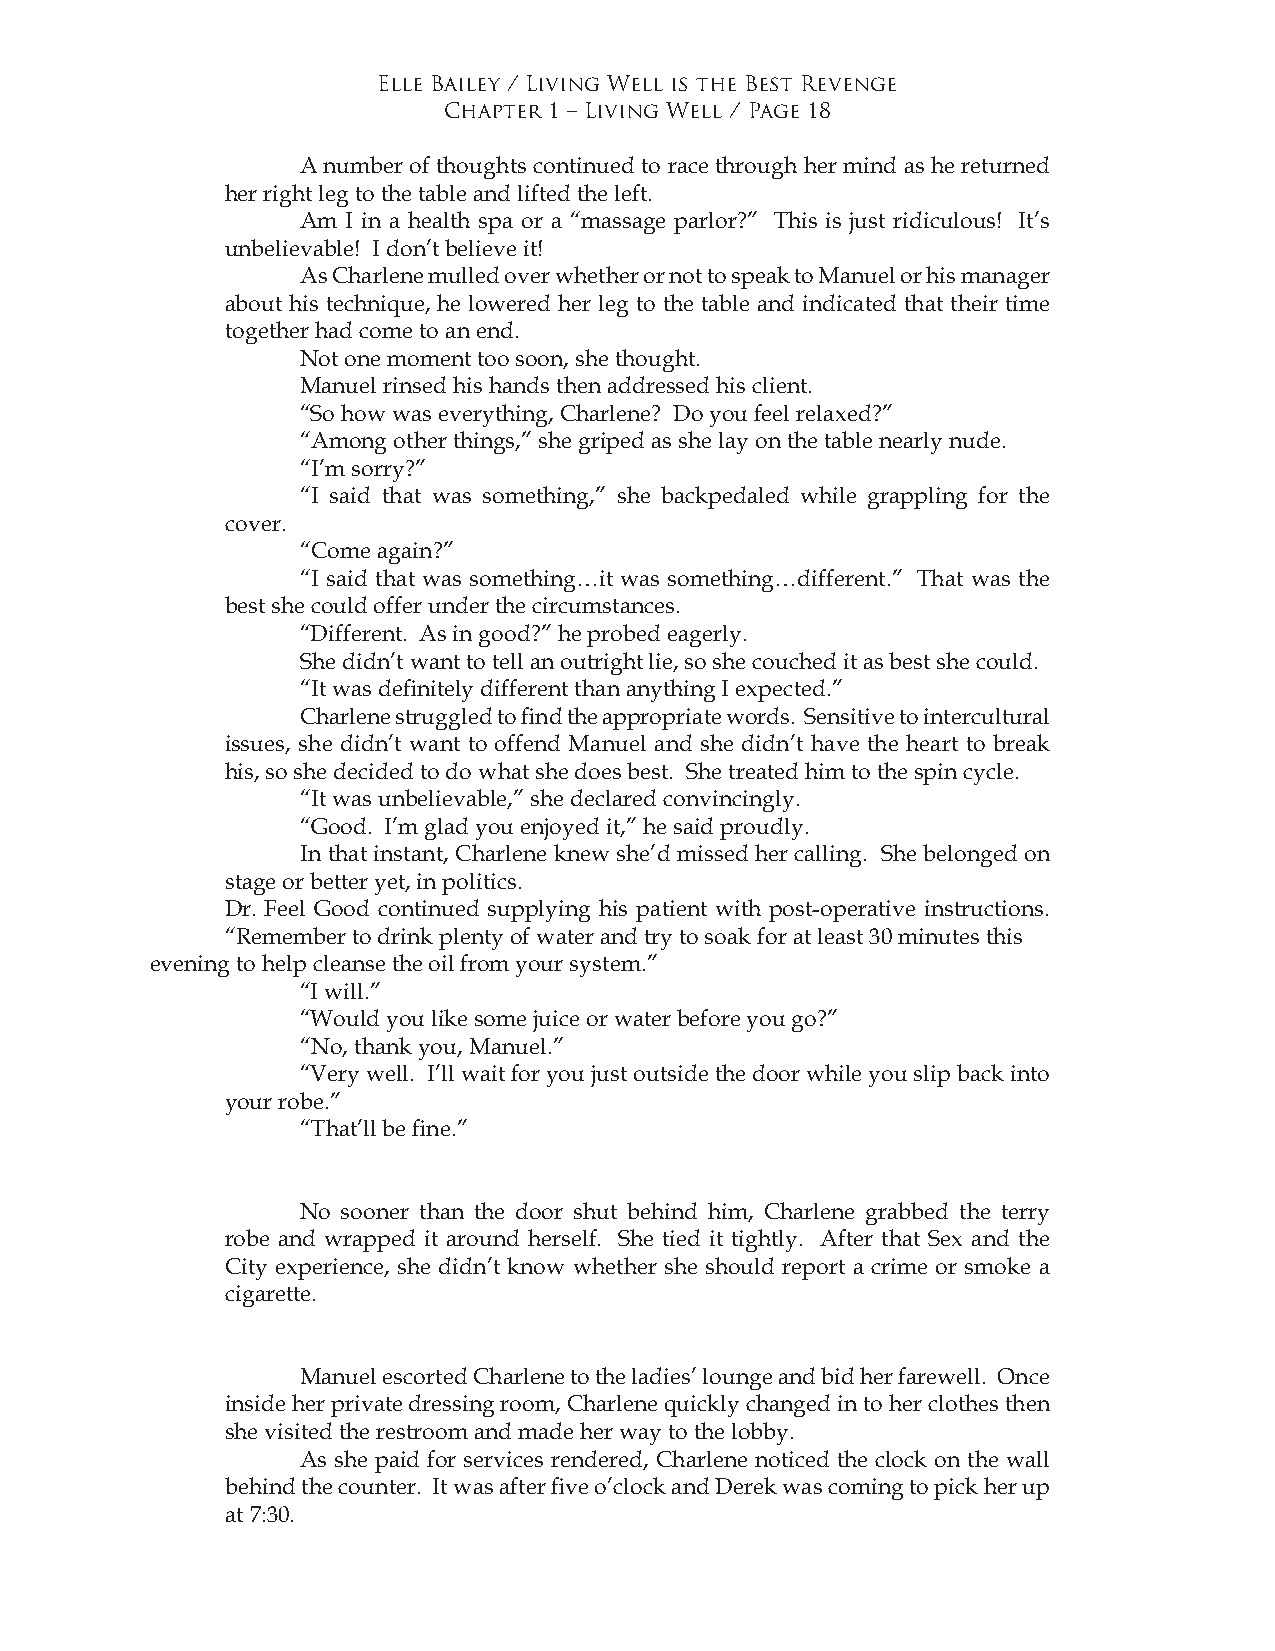
Elle Bailey / Living Well is the Best Revenge
 Chapter 1 – Living Well / Page 18
 A number of thoughts continued to race through her mind as he returned
 her right leg to the table and lifted the left.
 Am I in a health spa or a “massage parlor?” This is just ridiculous! It’s
 unbelievable! I don’t believe it!
 As Charlene mulled over whether or not to speak to Manuel or his manager
 about his technique, he lowered her leg to the table and indicated that their time
 together had come to an end.
 Not one moment too soon, she thought.
 Manuel rinsed his hands then addressed his client.
 “So how was everything, Charlene? Do you feel relaxed?”
 “Among other things,” she griped as she lay on the table nearly nude.
 “I’m sorry?”
 “I said that was something,” she backpedaled while grappling for the
 cover.
 “Come again?”
 “I said that was something…it was something…different.” That was the
 best she could offer under the circumstances.
 “Different. As in good?” he probed eagerly.
 She didn’t want to tell an outright lie, so she couched it as best she could.
 “It was definitely different than anything I expected.”
 Charlene struggled to find the appropriate words. Sensitive to intercultural
 issues, she didn’t want to offend Manuel and she didn’t have the heart to break
 his, so she decided to do what she does best. She treated him to the spin cycle.
 “It was unbelievable,” she declared convincingly.
 “Good. I’m glad you enjoyed it,” he said proudly.
 In that instant, Charlene knew she’d missed her calling. She belonged on
 stage or better yet, in politics.
 Dr. Feel Good continued supplying his patient with post-operative instructions.
 “Remember to drink plenty of water and try to soak for at least 30 minutes this
 evening to help cleanse the oil from your system.”
 “I will.”
 “Would you like some juice or water before you go?”
 “No, thank you, Manuel.”
 “Very well. I’ll wait for you just outside the door while you slip back into
 your robe.”
 “That’ll be fine.”
 No sooner than the door shut behind him, Charlene grabbed the terry
 robe and wrapped it around herself. She tied it tightly. After that Sex and the
 City experience, she didn’t know whether she should report a crime or smoke a
 cigarette.
 Manuel escorted Charlene to the ladies’ lounge and bid her farewell. Once
 inside her private dressing room, Charlene quickly changed in to her clothes then
 she visited the restroom and made her way to the lobby.
 As she paid for services rendered, Charlene noticed the clock on the wall
 behind the counter. It was after five o’clock and Derek was coming to pick her up
 at 7:30.